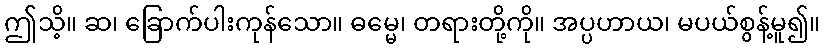
ဤသိ့။ ဆ၊ ခြောက်ပါးကုန်သော။ ဓမ္မေ၊ တရားတို့ကို။ အပ္ပဟာယ၊ မပယ်စွန့်မူ၍။